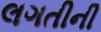
લગતીની